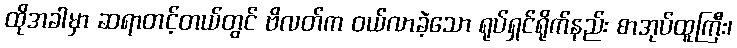
ထိုအခါမှာ ဆရာတင့်တယ်တွင် ဗိလတ်က ဝယ်လာခဲ့သော ရုပ်ရှင်ရိုက်နည်း စာအုပ်ထူကြီး၊